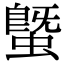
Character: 𧐆